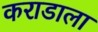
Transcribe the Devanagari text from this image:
कराडाला